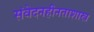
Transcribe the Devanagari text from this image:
संवेदनहीनताशास्त्र